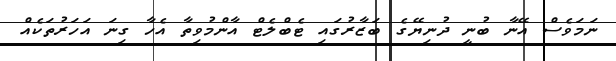
ނަމަވެސް އޭނާ ބުނީ ދުނިޔޭގެ ބަޒާރުގައި ޓެބްލެޓް އާންމުވިތާ އެހާ ގިނަ އަހަރުތަކެއް